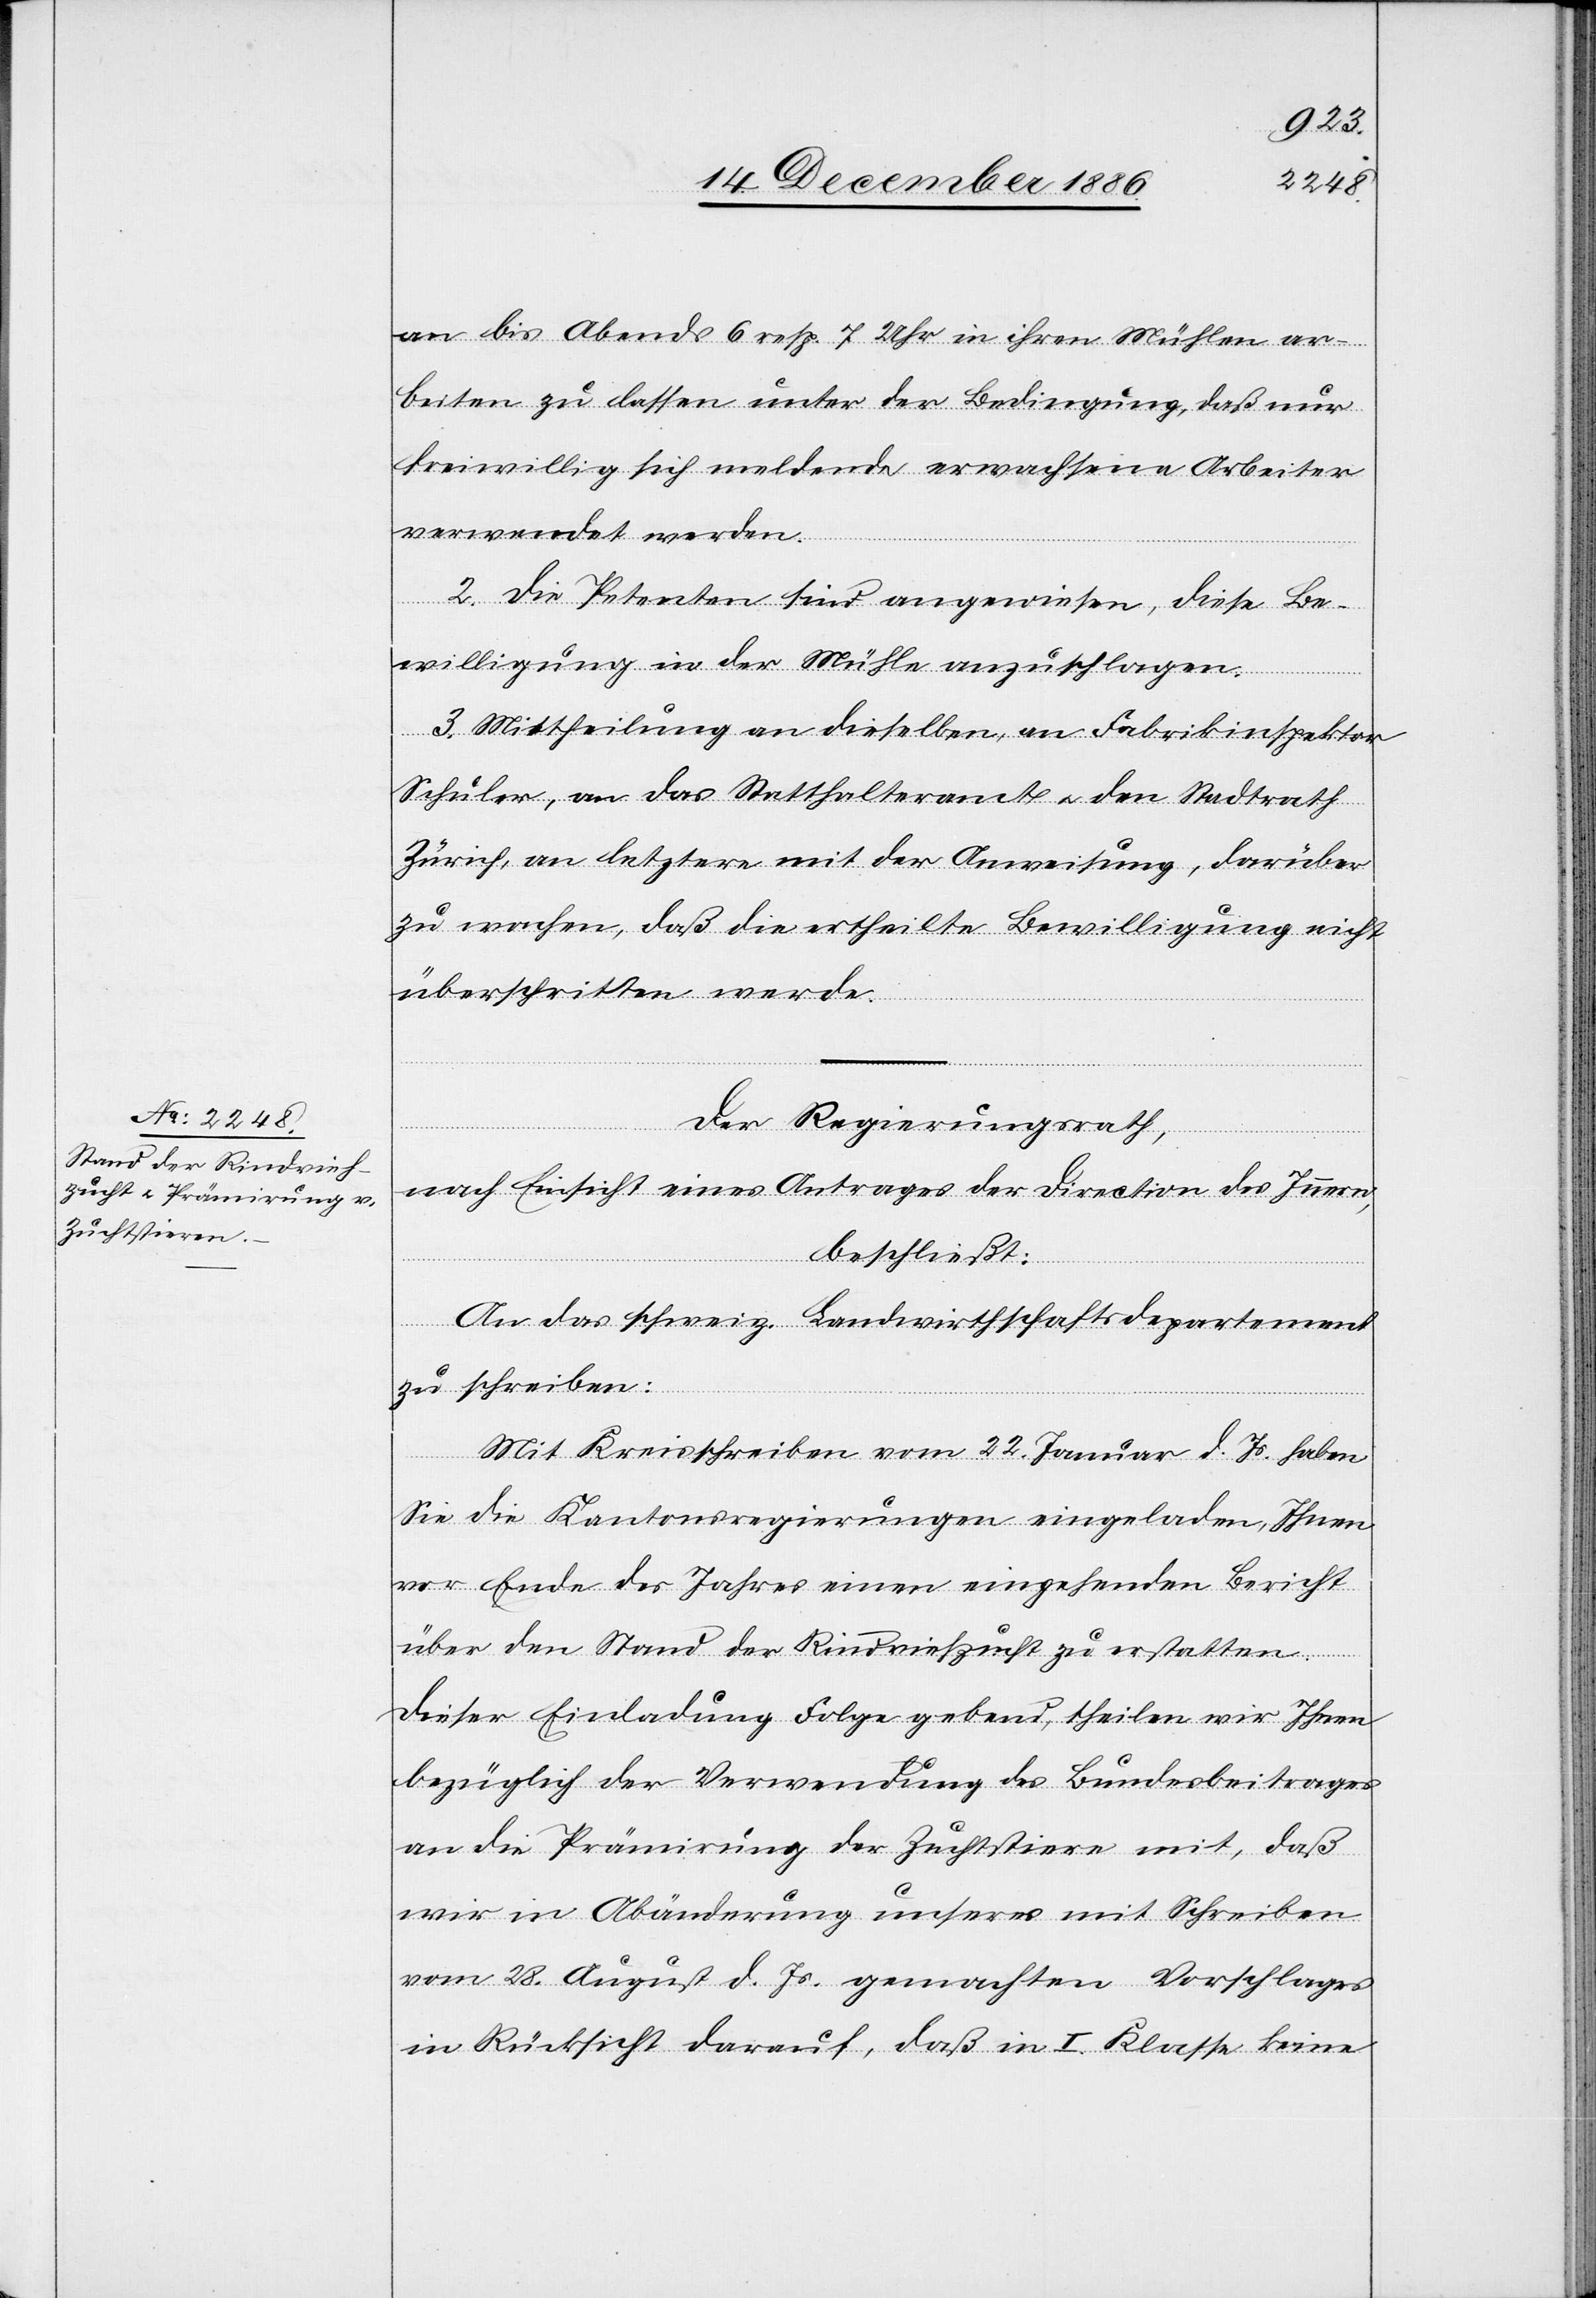
an bis Abends 6 resp. 7 Uhr in ihren Mühlen ar¬
beiten zu lassen unter der Bedingung, daß nur
freiwillig sich meldende erwachsene Arbeiter
verwendet werden.
2. Die Petenten sind angewiesen, diese Be¬
willigung in der Mühle anzuschlagen.
3. Mittheilung an dieselben, an Fabrikinspektor
Schuler, an das Statthalteramt & den Stadtrath
Zürich, an letztere mit der Anweisung, darüber
zu wachen, daß die ertheilte Bewilligung nicht
überschritten werde.
Der Regierungsrath,
nach Einsicht eines Antrages der Direction des Innern,
beschließt:
An das schweiz. Landwirthschaftsdepartement
zu schreiben:
Mit Kreisschreiben vom 22. Januar d. Js. haben
Sie die Kantonsregierungen eingeladen, Ihnen
vor Ende des Jahres einen eingehenden Bericht
über den Stand der Rindviehzucht zu erstatten.
Dieser Einladung Folge gebend, theilen wir Ihnen
bezüglich der Verwendung des Bundesbeitrages
an die Prämirung der Zuchtstiere mit, daß
wir in Abänderung unseres mit Schreiben
vom 28. August d. Js. gemachten Vorschlages
in Rücksicht darauf, daß in I. Klasse keine